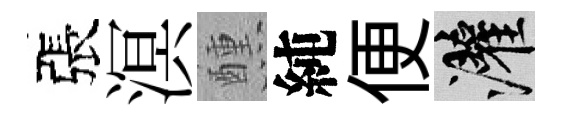
張溟醺純便灌